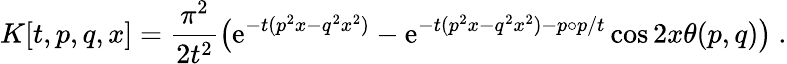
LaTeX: K[t,p,q,x]=\frac{\pi^{2}}{2t^{2}}\big(\mathrm{e}^{-t(p^{2}x-q^{2}x^{2})}-\mathrm{e}^{-t(p^{2}x-q^{2}x^{2})-p\circ p/t}\cos 2x\theta(p,q)\big)~.